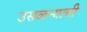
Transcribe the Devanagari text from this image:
उसळन्याची